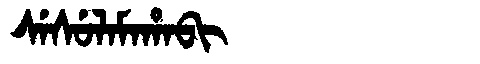
Manchu: ᠰᡝᠰᡠᠯᠠᠮᠠᡥᠠᠪᡳ
Romanization: SESULAMAHABI